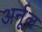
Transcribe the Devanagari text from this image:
अर्नूल